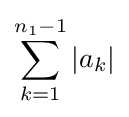
\sum _{k=1}^{n_{1}-1}|a_{k}|